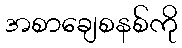
အစာချေစနစ်ကို